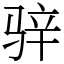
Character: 骍